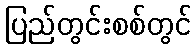
ပြည်တွင်းစစ်တွင်